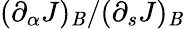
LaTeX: (\partial_{\alpha}J)_{\mathit{B}}/(\partial_{s}J)_{\mathit{B}}